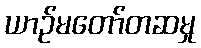
ယာဉ်မတော်တဆမှု